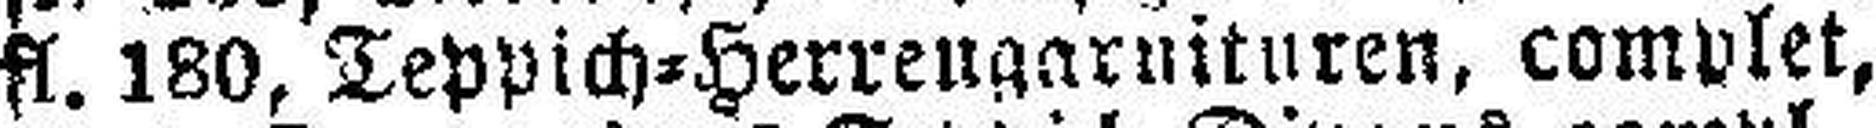
fl. 180, Teppich=Herrengarnituren, complet,